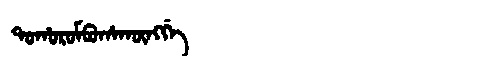
Manchu: ᡨᠣᡥᠣᡵᠣᠮᠪᡠᡥᠠᡴᡡᠩᡤᡝ
Romanization: TOHOROMBUHAKŪNGGE